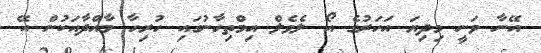
އޭނާ ވަނީ މިދިޔަ އަހަރުގެ އޯ ލެވެލް އިމްތިހާނުގައި ހުރިހާ މާއްދާއަކުން އޭ